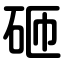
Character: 砸